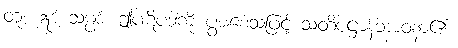
တူ။ ဣဒံ သမ္ပဒံ၊ ဤပဋိပဒါကို ပွားစေသဖြင့် သတိပဋ္ဌာန်ဘာဝနာ၏